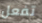
تفعل